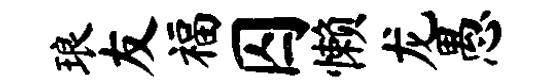
琅友福囚懒龙愚